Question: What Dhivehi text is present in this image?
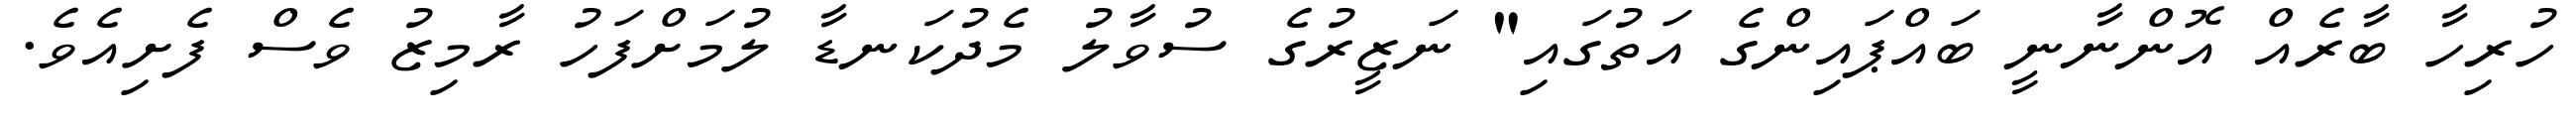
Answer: ހުރިހާ ބާރެއް އޮންނާނީ ބައްޕައިންގެ އަތުގައި" ނަޒީރުގެ ސުވާލު މެދުކަނޑާ ލުމަށްފަހު ރާމިޒު ވެސް ފެށިއެވެ.